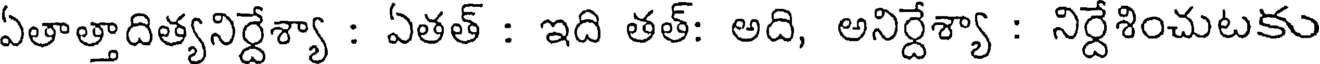
ఏతాత్తాదిత్యనిర్దేశ్యా : ఏతత్ : ఇది తత్: అది, అనిర్దేశ్యా : నిర్దేశించుటకు